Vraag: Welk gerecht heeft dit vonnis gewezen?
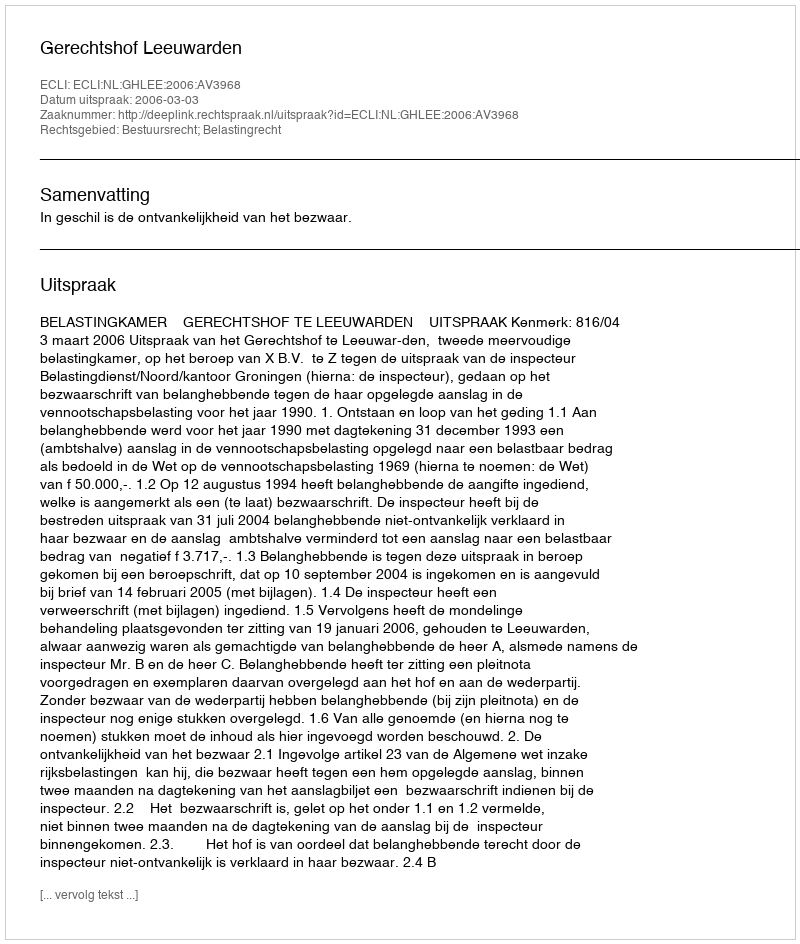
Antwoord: Gerechtshof Leeuwarden